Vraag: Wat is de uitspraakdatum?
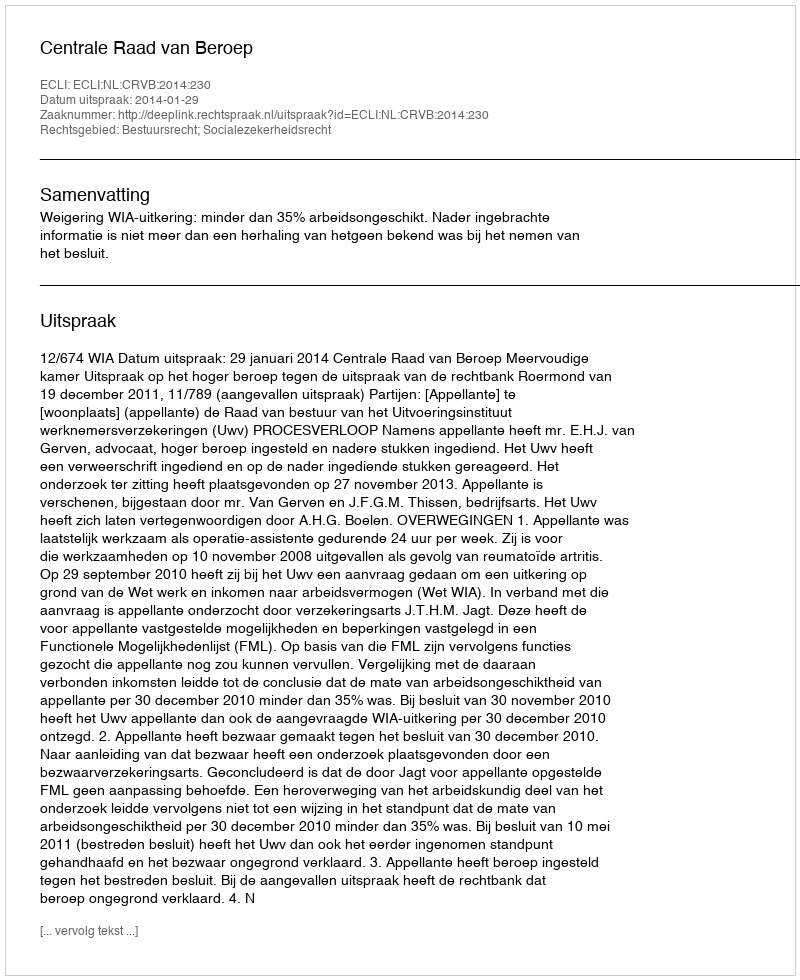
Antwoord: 2014-01-29